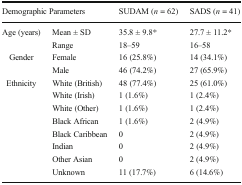
<table><thead><tr><td colspan="2"><b>Demographic Parameters</b></td><td><b>SUDAM (<i>n</i> = 62)</b></td><td><b>SADS (<i>n</i> = 41)</b></td></tr></thead><tbody><tr><td rowspan="2">Age (years)</td><td>Mean ± SD</td><td>35.8 ± 9.8*</td><td>27.7 ± 11.2*</td></tr><tr><td>Range</td><td>18–59</td><td>16–58</td></tr><tr><td rowspan="2">Gender</td><td>Female</td><td>16 (25.8%)</td><td>14 (34.1%)</td></tr><tr><td>Male</td><td>46 (74.2%)</td><td>27 (65.9%)</td></tr><tr><td rowspan="8">Ethnicity</td><td>White (British)</td><td>48 (77.4%)</td><td>25 (61.0%)</td></tr><tr><td>White (Irish)</td><td>1 (1.6%)</td><td>1 (2.4%)</td></tr><tr><td>White (Other)</td><td>1 (1.6%)</td><td>1 (2.4%)</td></tr><tr><td>Black African</td><td>1 (1.6%)</td><td>2 (4.9%)</td></tr><tr><td>Black Caribbean</td><td>0</td><td>2 (4.9%)</td></tr><tr><td>Indian</td><td>0</td><td>2 (4.9%)</td></tr><tr><td>Other Asian</td><td>0</td><td>2 (4.9%)</td></tr><tr><td>Unknown</td><td>11 (17.7%)</td><td>6 (14.6%)</td></tr></tbody></table>